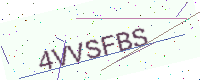
Text: 4VVSFBS